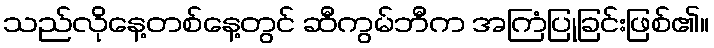
သည်လိုနေ့တစ်နေ့တွင် ဆီကွမ်ဘီက အကြံပြုခြင်းဖြစ်၏။